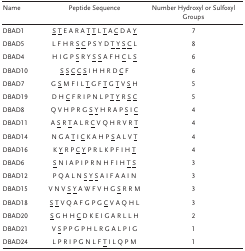
| Name | Peptide Sequence | Number Hydroxyl or Sulfoxyl Groups |
 | --- | --- | --- |
 | DBAD1 | <underline>S T</underline> E A R A <underline>T T</underline> L <underline>T</underline> A <underline>C</underline> D A <underline>Y</underline> | 7 |
 | DBAD5 | L F H R <underline>S C</underline> P <underline>S Y</underline> D <underline>T Y S C</underline> L | 8 |
 | DBAD4 | H I G P <underline>S</underline> R <underline>Y S S</underline> A F H <underline>C</underline> L <underline>S</underline> | 6 |
 | DBAD10 | <underline>S S C C S</underline> I H H R D <underline>C</underline> F | 6 |
 | DBAD7 | G <underline>S</underline> M F I L <underline>T</underline> G F <underline>T</underline> G <underline>T</underline> V <underline>S</underline> H | 5 |
 | DBAD19 | D H <underline>C</underline> F R I P N L P <underline>T Y</underline> R <underline>S C</underline> | 5 |
 | DBAD8 | Q V H P R G <underline>S Y</underline> H R A P <underline>S</underline> I <underline>C</underline> | 4 |
 | DBAD11 | A <underline>S</underline> R <underline>T</underline> A L R <underline>C</underline> V Q H R V R <underline>T</underline> | 4 |
 | DBAD14 | N G A <underline>T</underline> I <underline>C</underline> K A H P <underline>S</underline> A L V <underline>T</underline> | 4 |
 | DBAD16 | K <underline>Y</underline> R P <underline>C Y</underline> P R L K P F I H <underline>T</underline> | 4 |
 | DBAD6 | <underline>S</underline> N I A P I P R N H F I H <underline>T S</underline> | 3 |
 | DBAD12 | P Q A L N <underline>S Y S</underline> A I F A A I N | 3 |
 | DBAD15 | V N V <underline>S Y</underline> A W F V H G <underline>S</underline> R R M | 3 |
 | DBAD18 | <underline>S T</underline> V Q A F G P G <underline>C</underline> V A Q H L | 3 |
 | DBAD20 | <underline>S</underline> G H H <underline>C</underline> D K E I G A R L L H | 2 |
 | DBAD21 | V <underline>S</underline> P P G P H L R G A L P I G | 1 |
 | DBAD24 | L P R I P G N L F <underline>T</underline> I L Q P M | 1 |